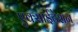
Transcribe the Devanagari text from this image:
एक्साईटेशन